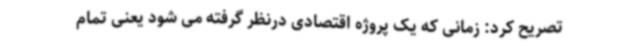
تصریح کرد: زمانی که یک پروژه اقتصادی درنظر گرفته می شود یعنی تمام